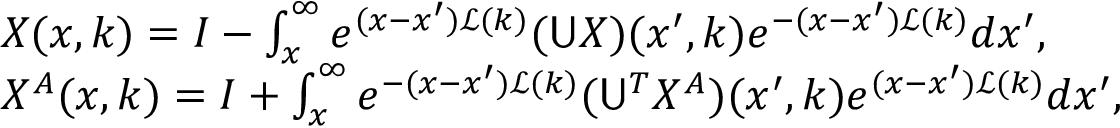
\begin{array} { r l } & { X ( x , k ) = I - \int _ { x } ^ { \infty } e ^ { ( x - x ^ { \prime } ) \mathcal { L } ( k ) } ( \mathsf { U } X ) ( x ^ { \prime } , k ) e ^ { - ( x - x ^ { \prime } ) \mathcal { L } ( k ) } d x ^ { \prime } , } \\ & { X ^ { A } ( x , k ) = I + \int _ { x } ^ { \infty } e ^ { - ( x - x ^ { \prime } ) \mathcal { L } ( k ) } ( \mathsf { U } ^ { T } X ^ { A } ) ( x ^ { \prime } , k ) e ^ { ( x - x ^ { \prime } ) \mathcal { L } ( k ) } d x ^ { \prime } , } \end{array}